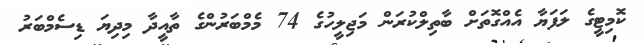
ކޮމިޓީގެ ލަފަޔާ އެއްގޮތަށް ބާތިލްކުރަން މަޖިލީހުގެ 74 މެމްބަރުންގެ ތާއީދާ މިދިޔަ ޑިސެމްބަރު